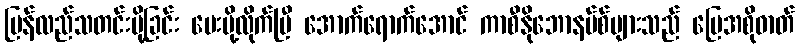
ပြန်လည်သတင်းပို့ခြင်း ပေးပို့လိုက်ပြီ အောက်ရောက်အောင် ကာစီနိုဘောနပ်စ်များသည် မြေအစိုဓာတ်